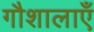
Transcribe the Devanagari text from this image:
गौशालाएँ